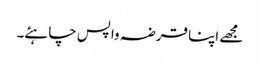
مجھے اپنا قرضہ واپس چاہئے۔